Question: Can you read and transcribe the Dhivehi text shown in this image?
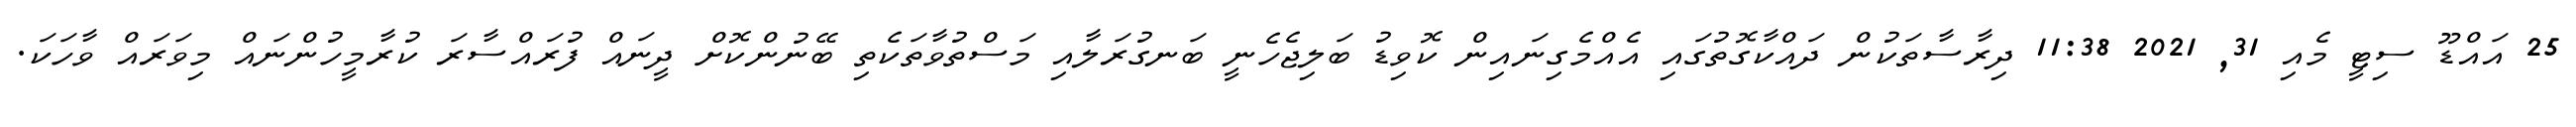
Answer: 25 އައްޑޫ ސިޓީ މެއި 31, 2021 11:38 ދިރާސާތަކުން ދައްކާގޮތުގައި އެއްމެގިނައިން ކޮވިޑު ބަލިޖެހެނީ ބަނގުރަލާއި މަސްތުވާތަކެތި ބޭނުންކޮށް ދީނައް ފުރައްސާރަ ކުރާމީހުންނައް މިވަރައް ވާހަކަ.